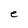
Character: e